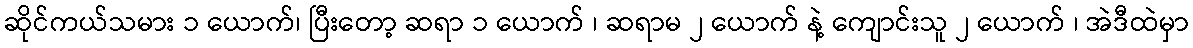
ဆိုင်ကယ်သမား ၁ ယောက်၊ ပြီးတော့ ဆရာ ၁ ယောက် ၊ ဆရာမ ၂ ယောက် နဲ့ ကျောင်းသူ ၂ ယောက် ၊ အဲဒီထဲမှာ